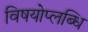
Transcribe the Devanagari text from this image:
विषयोप्लब्धि